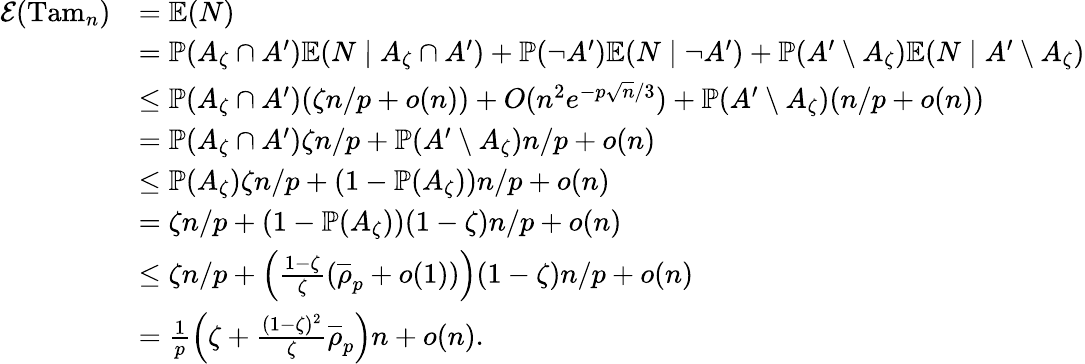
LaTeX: \begin{array}{rl}{\mathcal E(\mathrm{Tam}_{n})}&{=\mathbb E(N)}\\ &{=\mathbb P(A_{\zeta}\cap A^{\prime})\mathbb E(N\mid A_{\zeta}\cap A^{\prime})+\mathbb P(\neg A^{\prime})\mathbb E(N\mid\neg A^{\prime})+\mathbb P(A^{\prime}\setminus A_{\zeta})\mathbb E(N\mid A^{\prime}\setminus A_{\zeta})}\\ &{\leq\mathbb P(A_{\zeta}\cap A^{\prime})(\zeta n/p+o(n))+O(n^{2}e^{-p\sqrt{n}/3})+\mathbb P(A^{\prime}\setminus A_{\zeta})(n/p+o(n))}\\ &{=\mathbb P(A_{\zeta}\cap A^{\prime})\zeta n/p+\mathbb P(A^{\prime}\setminus A_{\zeta})n/p+o(n)}\\ &{\leq\mathbb P(A_{\zeta})\zeta n/p+(1-\mathbb P(A_{\zeta}))n/p+o(n)}\\ &{=\zeta n/p+(1-\mathbb P(A_{\zeta}))(1-\zeta)n/p+o(n)}\\ &{\leq\zeta n/p+\left(\frac{1-\zeta}{\zeta}(\overline{\rho}_{p}+o(1))\right)(1-\zeta)n/p+o(n)}\\ &{=\frac{1}{p}\left(\zeta+\frac{(1-\zeta)^{2}}{\zeta}\overline{\rho}_{p}\right)n+o(n).}\end{array}